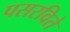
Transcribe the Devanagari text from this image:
पसरविते